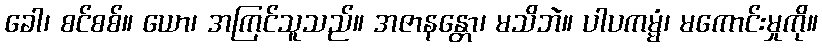
ခေါ၊ စင်စစ်။ ယော၊ အကြင်သူသည်။ အဇာနန္တော၊ မသိဘဲ။ ပါပကမ္မံ၊ မကောင်းမှုကို။